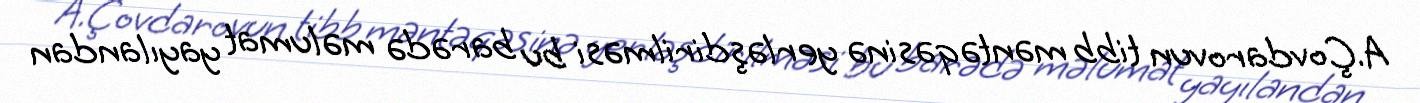
A.Çovdarovun tibb məntəqəsinə yerləşdirilməsi bu barədə məlumat yayılandan